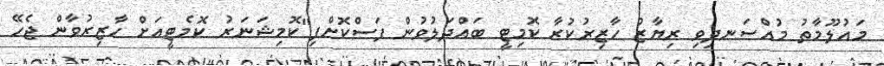
މައުލޫމާތު މުއްސަނދިވި ރިޔާޒު ހާޒިރުކުރާ ކޮމިޓީ ބައްދަލުވުން ފަސްކޮށްފި"ކޮމިޝަނަރު ކޮމެޓީއަށް ހާޒިރުވާން ޖެހޭ